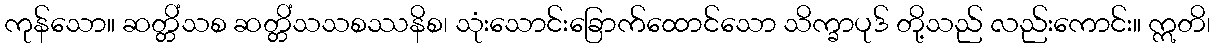
ကုန်သော။ ဆတ္တိံသစ ဆတ္တိံသသစဿနိစ၊ သုံးသောင်းခြောက်ထောင်သော သိက္ခာပုဒ် တို့သည် လည်းကောင်း။ ဣတိ၊